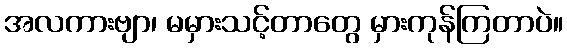
အလကားဗျာ၊ မမှားသင့်တာတွေ မှားကုန်ကြတာပဲ။